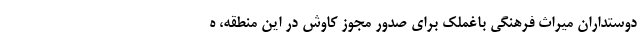
دوستداران میراث فرهنگی باغملک برای صدور مجوز کاوش در این منطقه، ه